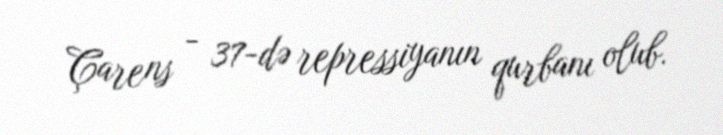
Çarens - 37-də repressiyanın qurbanı olub.